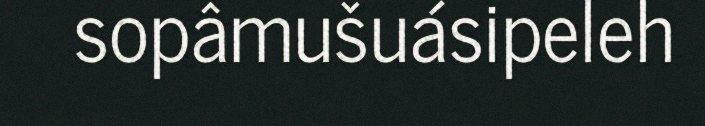
sopâmušuásipeleh